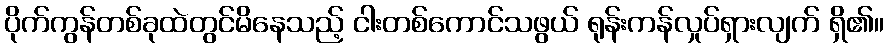
ပိုက်ကွန်တစ်ခုထဲတွင်မိနေသည့် ငါးတစ်ကောင်သဖွယ် ရုန်းကန်လှုပ်ရှားလျက် ရှိ၏။